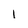
Character: 1